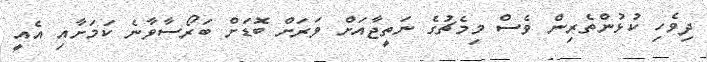
ދިވެހި ކުޅުންތެރިން ވެސް މިމެޗުގެ ނަތީޖާއަށް ވަރަށް ބޮޑަށް ބަރޯސާވާނެ ކަަމަށާއި އެއީ